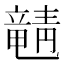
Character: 𬺚